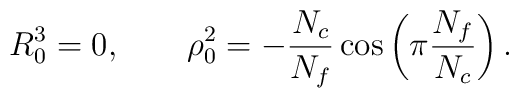
R^3_0=0, \qquad \rho^2_0 =-\frac{N_c}{N_f}\cos\left(\pi\frac{N_f}{N_c}\right).